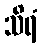
သိရံ